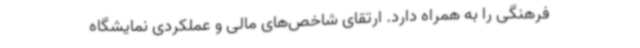
فرهنگی را به همراه دارد. ارتقای شاخص‌های مالی و عملکردی نمایشگاه